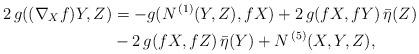
LaTeX: \begin{align*} 2\,g((\nabla_{X}{f})Y,Z) & = - g(N^{\,(1)}(Y,Z),{f} X) +2\,g(fX,fY)\,\bar\eta(Z) \\ & -2\,g(fX,fZ)\,\bar\eta(Y) + N^{\,(5)}(X,Y,Z),\end{align*}